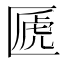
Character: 㔸